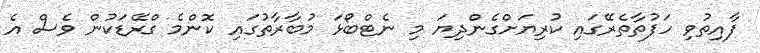
ފާއިތުވި ހަފުތާތެރޭގައި ކުރިޔަށްގެންދިޔަ މި ނެޓްބޯޅަ މުބާރާތުގައި ކޮންމެ ގްރޭޑަކުން ވެސް އެ